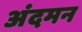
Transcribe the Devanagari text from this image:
अंदमन